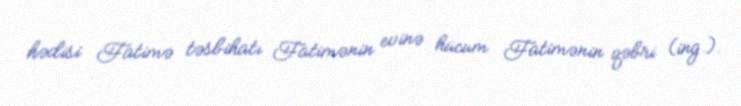
hədisi Fatimə təsbihatı Fatimənin evinə hücum Fatimənin qəbri (ing.).